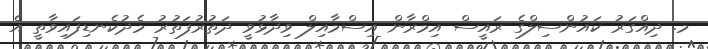
މ. ދިއްގަރު ކައުންސިލްގެ ރައީސް އިމްރާން އިސްމާއިލް ވިދާޅުވީ ދަތުރުފަތުރު މެދުކެނޑިފައިވާތީ އެ